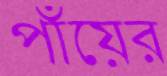
পাঁয়ের